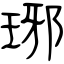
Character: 琊